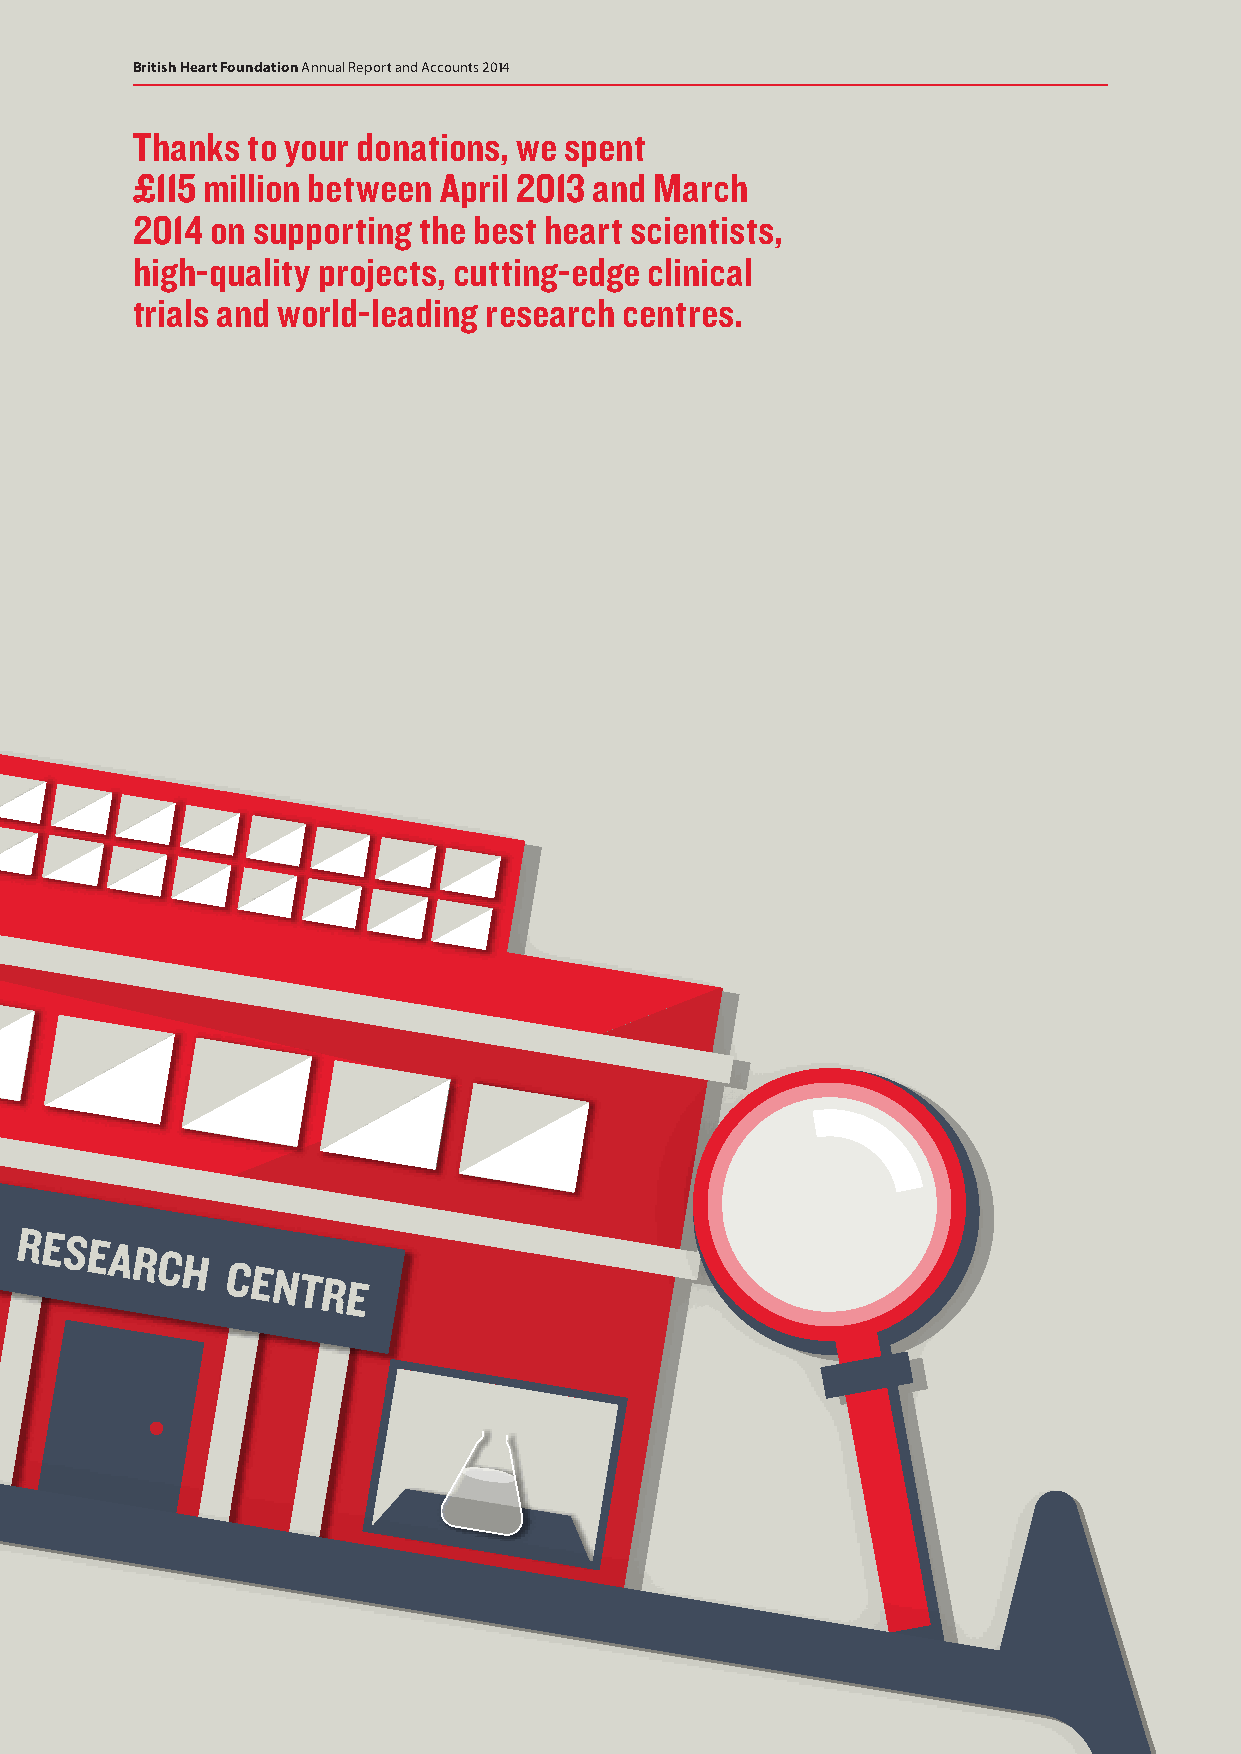
British Heart Foundation Annual Report and Accounts 2014
 Thanks to your donations, we spent
 £115 million between April 2013 and March
 2014 on supporting the best heart scientists,
 high-quality projects, cutting-edge clinical
 trials and world-leading research centres.
 BHF
 RESEARCH
 CENTRE